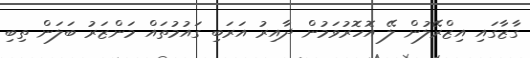
ގާޒާގައި އިޒްރޭލުން ލޭ އޮހޮރުވަމުން ދާއިރު އަރަބި ގައުމުތައް މަންޒަރު ބަލަން ތިބި